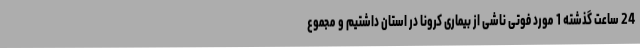
24 ساعت گذشته 1 مورد فوتی ناشی از بیماری کرونا در استان داشتیم و مجموع